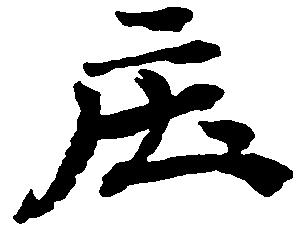
庄